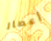
إعصار